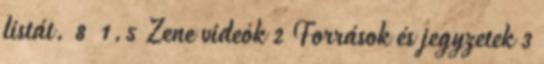
listát. 8 1.5 Zene videók 2 Források és jegyzetek 3